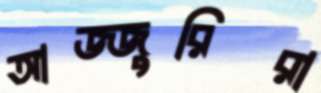
আজ্জুরিরা